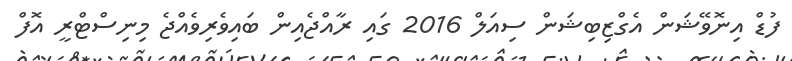
ފުޑް އިނޮވޭޝަން އެގްޒިބިޝަން ސިއަލް 2016 ގައި ރާއްޖެއިން ބައިވެރިވެއްޖެ މިނިސްޓްރީ އޮފް